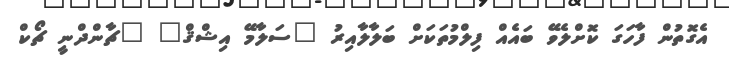
އެގޮތުން ފާހަގަ ކޮށްލެވޭ ބައެއް ފިލްމުތަކަށް ބަލާލާއިރު "ސަލާމޭ އިޝްޤް" "ޗާންދްނީ ޗޯކް